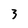
Character: 3